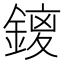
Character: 𮢥